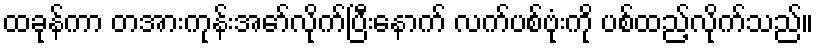
ထခုန်ကာ တအားကုန်းအော်လိုက်ပြီးနောက် လက်ပစ်ဗုံးကို ပစ်ထည့်လိုက်သည်။